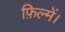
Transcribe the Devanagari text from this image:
फ़िल्में।